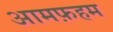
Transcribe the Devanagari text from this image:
आमफ़हम